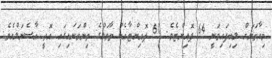
މިހާތަނަށް ލިބިފައިވަނީ 64 ޕޮއިންޓެވެ. 60 ޕޮއިންޓާއެކު ތާވަލުގެ ތިންވަނައިގައި އޮތީ އާސެނަލްއެވެ.